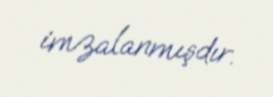
imzalanmışdır.